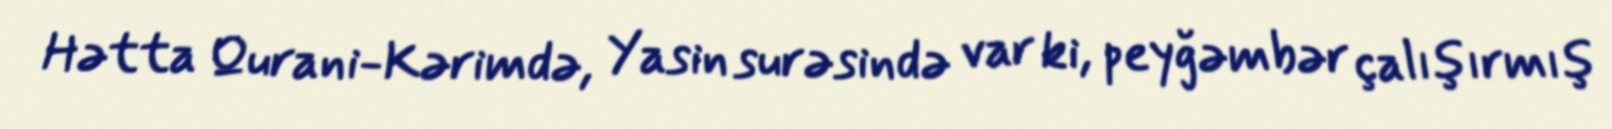
Hətta Qurani-Kərimdə, Yasin surəsində var ki, peyğəmbər çalışırmış